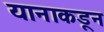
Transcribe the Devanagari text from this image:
यानाकडून